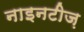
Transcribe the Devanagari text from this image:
नाइनटीज़